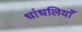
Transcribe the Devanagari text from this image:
धांधलियाँ